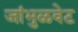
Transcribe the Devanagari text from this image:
जांभुळवेट